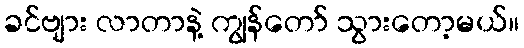
ခင်ဗျား လာတာနဲ့ ကျွန်တော် သွားတော့မယ်။